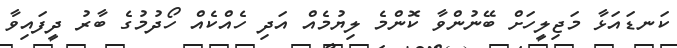
ކަނޑައަޅާ މަޖިލީހަށް ބޭނުންވާ ކޮންމެ ލިޔުމެއް އަދި ހެއްކެއް ހޯދުމުގެ ބާރު ދީފައިވާ